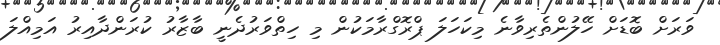
ވަރަަށް ބޮޑަށް ހޭލުންތެރިވާނެ މިކަހަލަ ޕްރޮގްރާމަކުން މި ހިތްވަރުދެނީ ބާޒާރު ކުރަންދާއިރު އަމިއްލަ